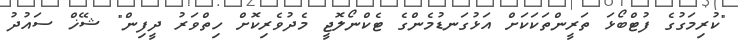
"ކުރިމަގުގެ ފުޓްބޯޅަ ތަރީންތަކަކަށް އަޅުގަނޑުމެންގެ ޓެކްނޯލޮޖީ މެދުވެރިކޮށް ހިތްވަރު ދީފިން" ޝޭޚް ސައުދު